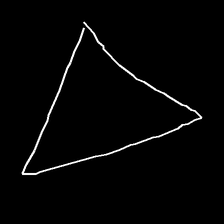
Glyph: convergence